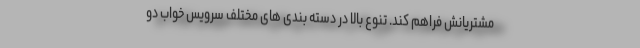
مشتریانش فراهم کند. تنوع بالا در دسته بندی های مختلف سرویس خواب دو